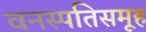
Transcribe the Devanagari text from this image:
वनस्पतिसमूह